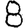
Digit: 8